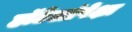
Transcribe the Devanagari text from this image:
हॉटेलांपेक्षा